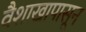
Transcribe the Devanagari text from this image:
वैशाखापासून